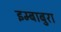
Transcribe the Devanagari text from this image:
इम्बाबुरा